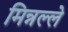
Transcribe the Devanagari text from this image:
मिन्नल्ले